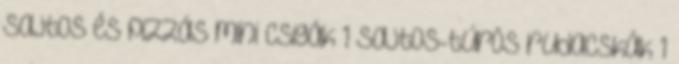
Sajtos és pizzás mini csigák 1 Sajtos-túrós rudacskák 1